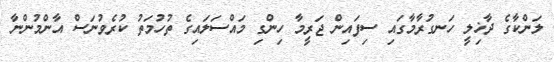
ލަންކާގެ ދާޚިލީ ހަނގުރާމާގައި ސިފައިން ޖަރީމާ ހިންގި މައްސަލައިގެ ތުހުމަތު ކުރެވުނަސް އާންމުންނާ